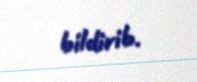
bildirib.